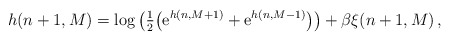
\begin{align*}h(n+1,M) = \log \big( \tfrac{1}{2}\big(\mathrm{e}^{h(n,M+1)} + \mathrm{e}^{h(n,M-1)}\big)\big) +\beta \xi(n+1, M) \,,\end{align*}